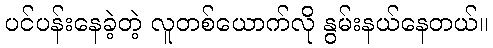
ပင်ပန်းနေခဲ့တဲ့ လူတစ်ယောက်လို နွမ်းနယ်နေတယ်။